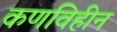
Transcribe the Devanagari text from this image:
कणविहीन